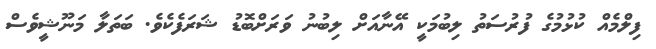
ފިލްމެއް ކުޅުމުގެ ފުރުސަތު ލިބުމަކީ އޭނާއަށް ލިބުނު ވަރަށްބޮޑު ޝަރަފެކެވެ. ބަތަލާ މަނޫޝީވެސް